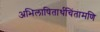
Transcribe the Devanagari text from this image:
अभिलाषितार्थचिंतामणि